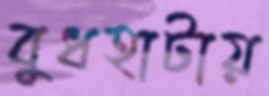
বুধহাটায়